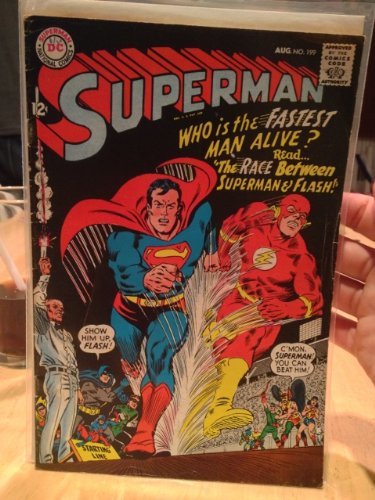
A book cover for Superman #199; DC Comics; Comics & Graphic Novels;